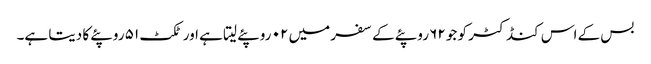
بس کے اس کنڈکٹر کو جو ۶۲ روپئے کے سفر میں ۰۲ روپئے لیتا ہے اور ٹکٹ ۵۱ روپئے کا دیتا ہے۔